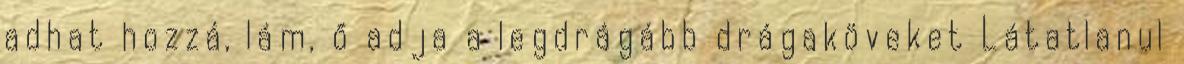
adhat hozzá, lám, ő adja a legdrágább drágaköveket Látatlanul